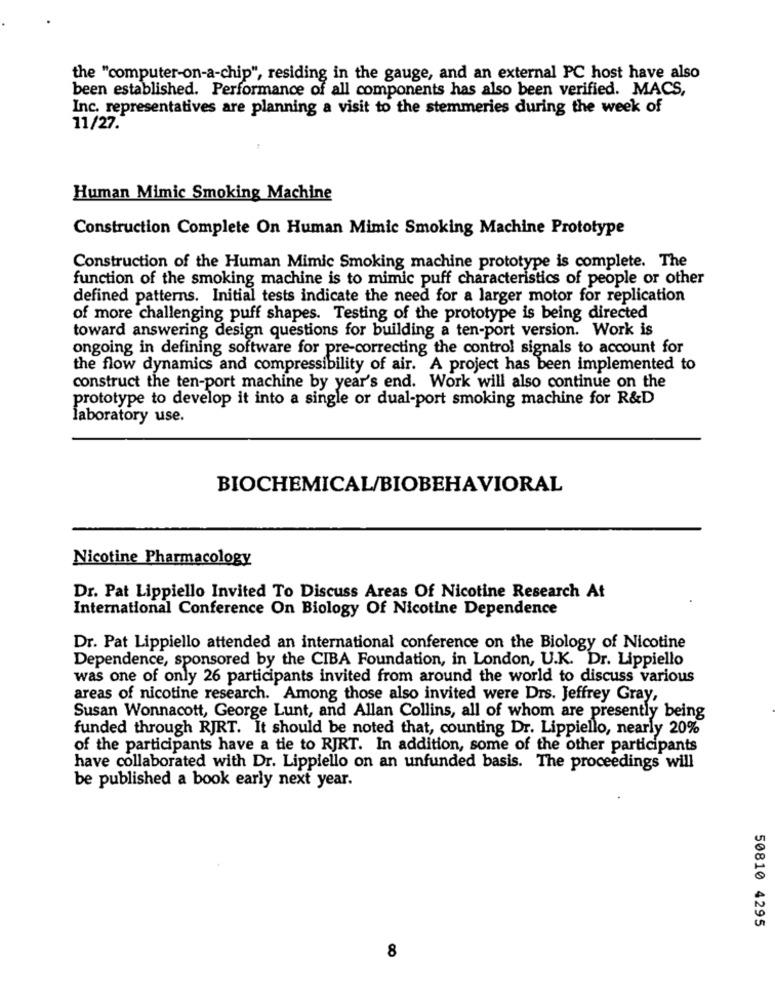
the "computer-on-a-chip", residing in the gauge, and an external PC host have also
been established. Performance of all components has also been verified. MACS,
Inc. representatives are planning a visit to the stemmeries during the week of
11/27.
Human Mimic Smoking Machine
Construction Complete On Human Mimic Smoking Machine Prototype
Construction of the Human Mimic Smoking machine prototype is complete. The
function of the smoking machine is to mimic puff characteristics of people or other
defined patterns. Initial tests indicate the need for a larger motor for replication
of more challenging puff shapes. Testing of the prototype is being directed
toward answering design questions for building a ten-port version. Work is
ongoing in defining software for pre-correcting the control signals to account for
the flow dynamics and compressibility of air. A project has been implemented to
construct the ten-port machine by year's end. Work will also continue on the
prototype to develop it into a single or dual-port smoking machine for R&D
laboratory use.
BIOCHEMICAL/BIOBEHAVIORAL
Nicotine Pharmacology
Dr. Pat Lippiello Invited To Discuss Areas Of Nicotine Research At
International Conference On Biology Of Nicotine Dependence
Dr. Pat Lippiello attended an international conference on the Biology of Nicotine
Dependence, sponsored by the CIBA Foundation, in London, U.K. Dr. Lippiello
was one of only 26 participants invited from around the world to discuss various
areas of nicotine research. Among those also invited were Drs. Jeffrey Gray,
Susan Wonnacott, George Lunt, and Allan Collins, all of whom are presently being
funded through RJRT. It should be noted that, counting Dr. Lippiello, nearly 20%
of the participants have a tie to RJRT. In addition, some of the other participants
have collaborated with Dr. Lippiello on an unfunded basis. The proceedings will
be published a book early next year.
50810 4295
8